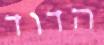
הדוד